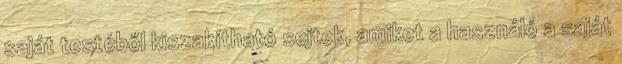
saját testéből kiszakítható sejtek, amiket a használó a saját